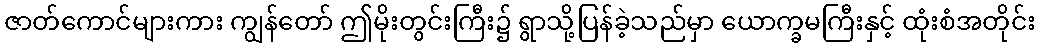
ဇာတ်ကောင်များကား ကျွန်တော် ဤမိုးတွင်းကြီး၌ ရွာသို့ပြန်ခဲ့သည်မှာ ယောက္ခမကြီးနှင့် ထုံးစံအတိုင်း